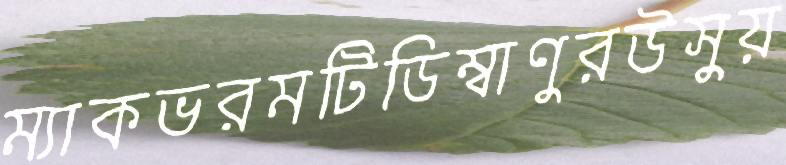
ম্যাকভরমটিডিম্বাণুরউসুয়